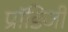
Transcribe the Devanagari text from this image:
प्रॉडिजी